Lunatic asylums Madras 1892-1911 - 1892-1911
Year: 1892
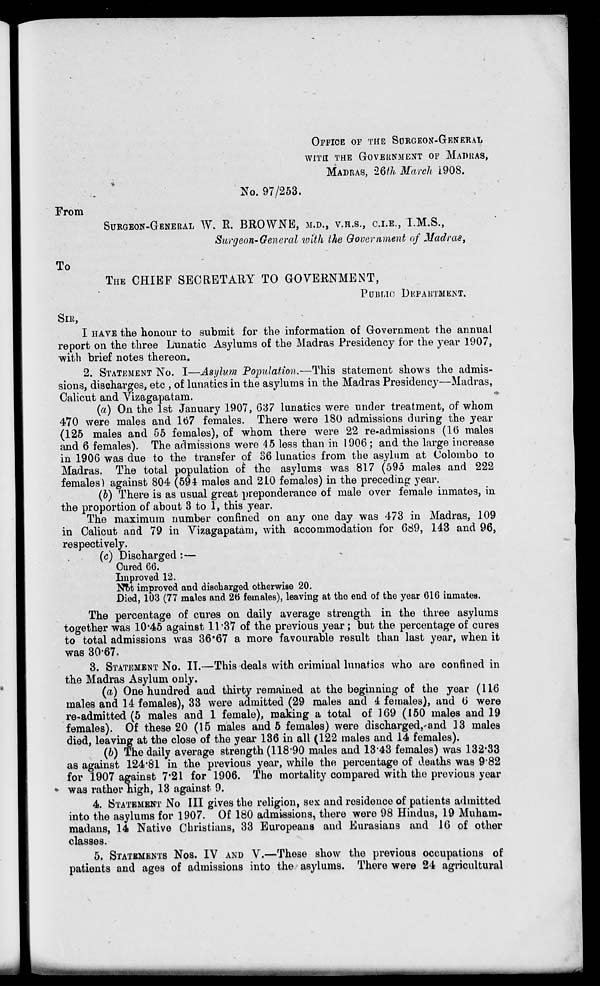
From
To
OFFICE OF THE SUBGEON-GENERAL
WITH THE GOVERNMENT OF MADRAS,
MADRAS, 26/7/. March 1908.
No. 97/253.
SURGEON-GENERAL W\ R. BROWNE, M.D., V.H.S., C.I.E., I.M.S.,
Surgeon-General with the Government of Madras,
THE CHIEF SECRETARY TO GOVERNMENT,
PUBLIC DEPARTMENT.
SIB,
I HAVE the honour to submit for the information of Government the annual
report on the three Lunatic Asylums of the Madras Presidency for the year 1907,
with brief notes thereon.
2. STATEMENT No. I—Asylum Population.—This statement shows the admis-
sions, discharges, etc , of lunatics in the asylums in the Madras Presidency—Madras,
Calicut and Vizagapatam.
*
(a) On the 1st January 1907, 637 lunatics were under treatment, of whom
470 were males and 167 females. There were 180 admissions during the year
(125 males and 55 females), of whom there were 22 re-admissions (16 males
and 6 females). The admissions were 45 less than in 1906 ; and the large increase
in 1906 was due to the transfer of 36 lunatics from the asylum at Colombo to
Madras. The total population of the asylums was 817 (595 males and 222
females) against 804 (594 males and 2L0 females) in the preceding year.
(b) There is as usual great preponderance of male over female inmates, in
the proportion of about 3 to 1, this year.
The maximum number confined on any one day was 473 in Madras, 109
in Calicut and 79 in Vizagapatam, with accommodation for 689, 143 and 96,
respectively.
(c) Discharged : —
Cured 66.
Improved 12.
Not improved and discharged otherwise 20.
Died, 103 (77 males and 26 females), leaving at tho end of the year 610 inmates.
The percentage of cures on daily average strength in the three asylums
together was 10*45 against 11*37 of the previous year ; but the percentage of cures
to total admissions was 36*67 a more favourable result than last year, when it
was 30*67.
3. STATEMENT NO. IT.—This deals with criminal lunatics who are confined in
the Madras Asylum only.
(a) One hundred and thirty remained at the beginning of the year (116
males and 14 females), 33 were admitted (29 males and 4 females), and 0 were
re-admitted (5 males and 1 female), making a total of 169 (150 males and 19
females). Of these 20 (15 males and 5 females) were discharged,-and 13 males
died, leaving at the close of the year 136 in all (122 males and 14 females).
(b) The daily average strength (118*90 males and 13*43 females) was 132-33
as against 124*61 in the previous year, while the percentage of deaths was 9*82
for 1907 against 7*21 for 1906. The mortality compared with tho previous year
was rather high, 13 against 9.
4. STATEMENT No III gives the religion, sex and residence of patients admitted
into the asylums for 1907. Of 180 admissions, there were 98 Hindus, 19 Muham-
madans, 14 Native Christians, 33 Europeans and Eurasians and 16 of other
classes.
5. STATEMENTS Nos. IV AND V.—These show the previous occupations of
patients and ages of admissions into the asylums. There were 24 agricultural